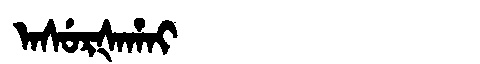
Manchu: ᠠᠰᡠᡵᡧᠠᡥᠠᡳ
Romanization: ASURŠAHAI